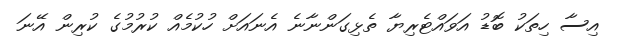
އިސާ ހިތަކު ބޮޑު އަވައްޓެރިޔާ ތެޅިގަންނާނެ އެނައަށް ހުކުމެއް ކުރުމުގެ ކުރިން އޭނަ